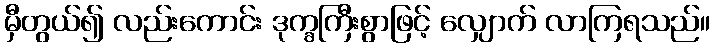
မှီတွယ်၍ လည်းကောင်း ဒုက္ခကြီးစွာဖြင့် လျှောက် လာကြရသည်။